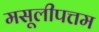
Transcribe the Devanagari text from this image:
मसूलीपत्तम